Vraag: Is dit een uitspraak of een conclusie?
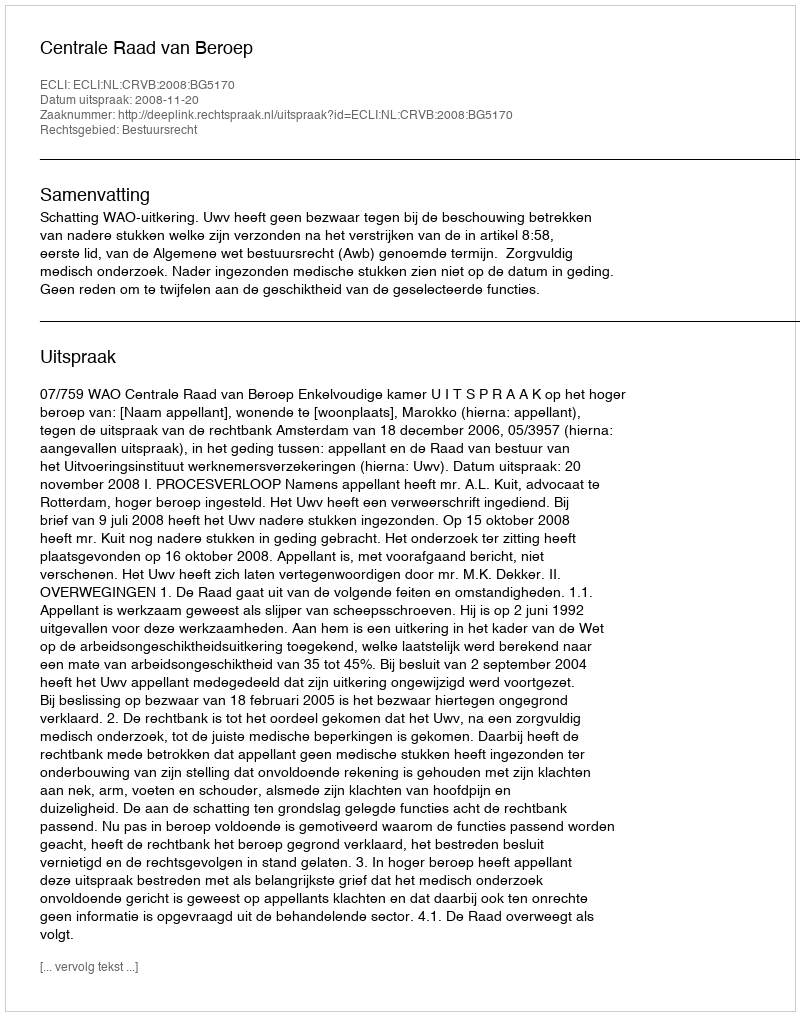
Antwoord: Uitspraak